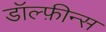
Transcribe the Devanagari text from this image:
डॉल्फ़ीन्स